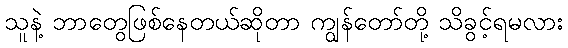
သူနဲ့ ဘာတွေဖြစ်နေတယ်ဆိုတာ ကျွန်တော်တို့ သိခွင့်ရမလား